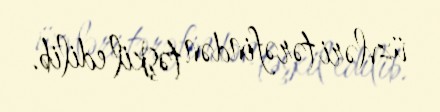
üzvləri tərəfindən təşkil edilib.